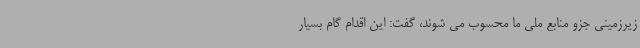
زیرزمینی جزو منابع ملی ما محسوب می شوند، گفت: این اقدام گام بسیار